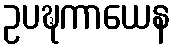
ဥပဍ္ဎကာယေန